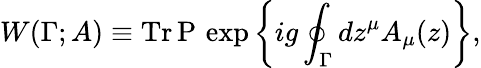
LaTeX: W(\Gamma;A)\equiv\mathrm{Tr\, }\mathrm{P\, }\exp\left\{ ig\oint_{\Gamma}dz^{\mu}A_{\mu}(z)\right\} ,